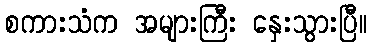
စကားသံက အများကြီး နှေးသွားပြီ။